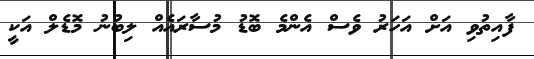
ފާއިތުވި އަށް އަހަރު ވެސް އެންމެ ބޮޑު މުސާރައެއް ލިބުނު މޮޑެލް އަކީ